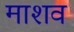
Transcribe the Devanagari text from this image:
माशव